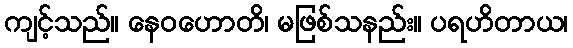
ကျင့်သည်။ နေဝဟောတိ၊ မဖြစ်သနည်း။ ပရဟိတာယ၊